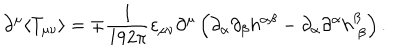
\partial ^ { \mu } \langle T _ { \mu \nu } \rangle = \mp \frac { 1 } { 1 9 2 \pi } \varepsilon _ { \mu \nu } \partial ^ { \mu } \left( \partial _ { \alpha } \partial _ { \beta } h ^ { \alpha \beta } - \partial _ { \alpha } \partial ^ { \alpha } h _ { \ \beta } ^ { \beta } \right) .